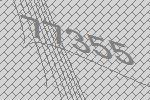
77355